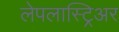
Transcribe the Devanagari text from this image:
लेपलास्ट्रिअर